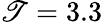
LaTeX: \mathscr{T}=3.3